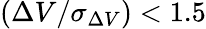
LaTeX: (\Delta V/\sigma_{\Delta V})<1.5